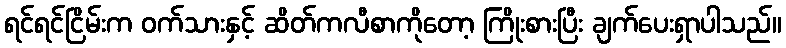
ရင်ရင်ငြိမ်းက ဝက်သားနှင့် ဆိတ်ကလီစာကိုတော့ ကြိုးစားပြီး ချက်ပေးရှာပါသည်။